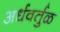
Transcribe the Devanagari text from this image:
अर्धवर्तुळ